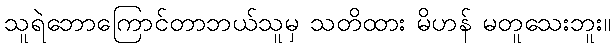
သူရဲဘောကြောင်တာဘယ်သူမှ သတိထား မိဟန် မတူသေးဘူး။